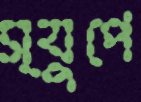
স্যুপে